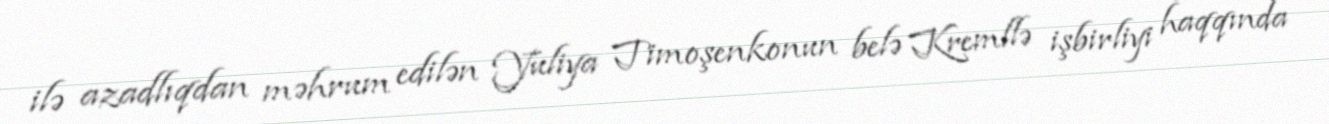
ilə azadlıqdan məhrum edilən Yuliya Timoşenkonun belə Kremllə işbirliyi haqqında